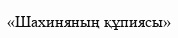
«Шахиняның құпиясы»